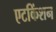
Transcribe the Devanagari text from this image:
एटकिंशन